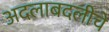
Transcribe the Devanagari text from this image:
अदलाबदलीचे